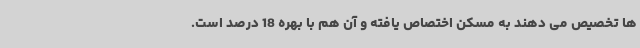
ها تخصیص می دهند به مسکن اختصاص یافته و آن هم با بهره 18 درصد است.